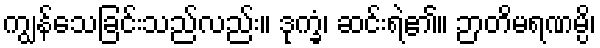
ကျွန်သေခြင်းသည်လည်း။ ဒုက္ခံ၊ ဆင်းရဲ၏။ ဉာတိမရဏမ္ပိ၊